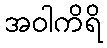
အဝါကိရိ